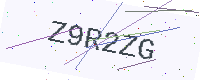
Text: Z9R2ZG